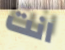
انت